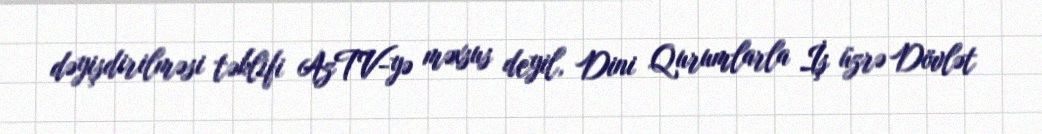
dəyişdirilməsi təklifi AzTV-yə məxsus deyil, Dini Qurumlarla İş üzrə Dövlət